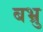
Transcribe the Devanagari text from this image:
बभ्रु